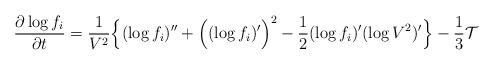
LaTeX: \begin{align*}\frac{\partial \log{f_i}}{\partial t}= \frac{1}{V^{2}}\Big\{(\log f_i)^{\prime\prime}+\Big( (\log f_i)^{\prime}\Big)^{2}-\frac{1}{2}(\log f_i)^{\prime}(\log V^{2})^{\prime}\Big\} -\frac{1}{3}\mathcal{T}\end{align*}